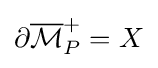
\partial {\overline {\mathcal {M}}}_{P}^{+}=X